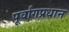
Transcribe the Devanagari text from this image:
पूर्वांगप्रधान